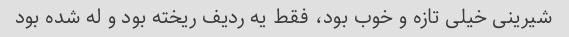
شیرینی خیلی تازه و خوب بود، فقط یه ردیف ریخته بود و له شده بود